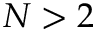
N > 2